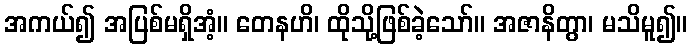
အကယ်၍ အပြစ်မရှိအံ့။ တေနဟိ၊ ထိုသို့ဖြစ်ခဲ့သော်။ အဇာနိတွာ၊ မသိမူ၍။